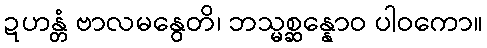
ဍဟန္တံ ဗာလမနွေတိ၊ ဘသ္မစ္ဆန္နောဝ ပါဝကော။